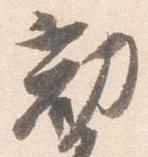
勧